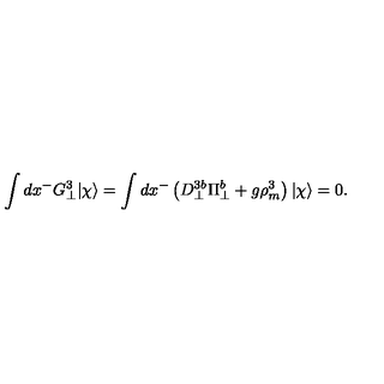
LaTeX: \int d x ^ { - } G _ { \bot } ^ { 3 } | \chi \rangle = \int d x ^ { - } \left( D _ { \bot } ^ { 3 b } \Pi _ { \bot } ^ { b } + g \rho _ { m } ^ { 3 } \right) | \chi \rangle = 0 .